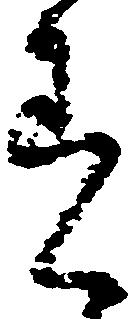
着